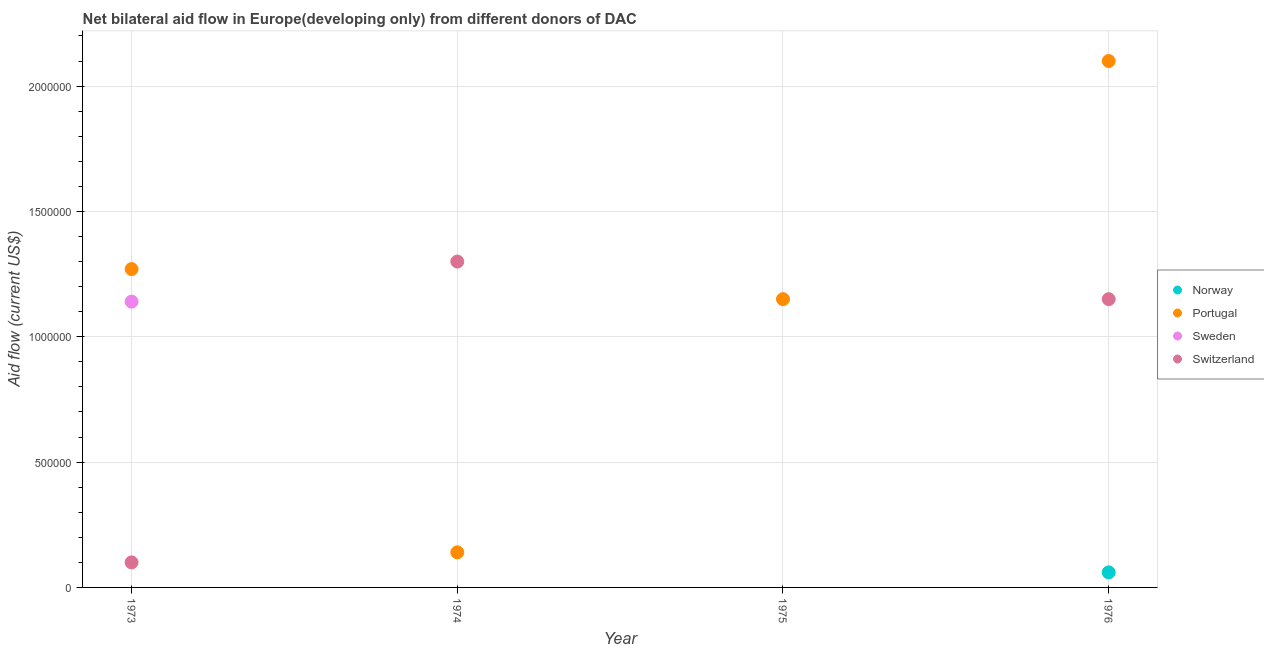
| Year | Norway | Portugal | Sweden | Switzerland |
 | --- | --- | --- | --- | --- |
 | 1973 | -1.5e+05 | 1.27e+06 | 1.14e+06 | 1e+05 |
 | 1974 | -1.3e+05 | 1.4e+05 | -3.1e+05 | 1.3e+06 |
 | 1975 | -9e+04 | 1.15e+06 | -3e+05 | -2.7e+05 |
 | 1976 | 6e+04 | 2.1e+06 | -1.7e+05 | 1.15e+06 |